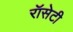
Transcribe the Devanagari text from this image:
रॉसेटी